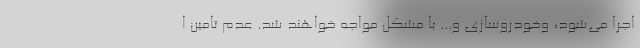
اجرا می‌شود، وخودروسازی و... با مشکل مواجه خواهند شد. عدم تامین ا